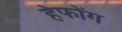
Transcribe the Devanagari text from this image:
हेफोंग